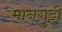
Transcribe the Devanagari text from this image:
मानगुट्टी